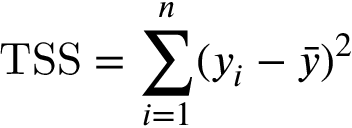
\mathrm { T S S } = \sum _ { i = 1 } ^ { n } ( y _ { i } - { \bar { y } } ) ^ { 2 }